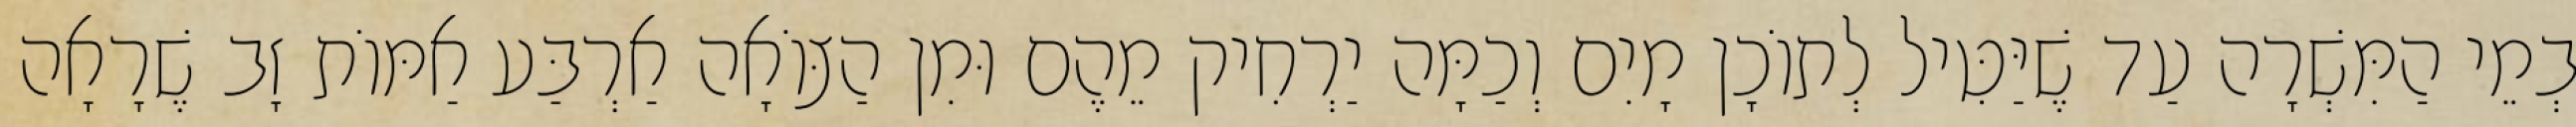
בְמֵי הַמִּשְׁרָה עַד שֶׁיַּטִּיל לְתוֹכָן מָיִם וְכַמָּה יַרְחִיק מֵהֶם וּמִן הַצּוֹאָה אַרְבַּע אַמּוֹת זָב שֶׁרָאָה